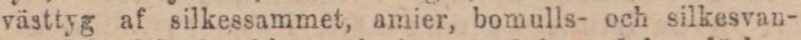
västtyg af silkessammet, amier, bomulls- och silkesvan-